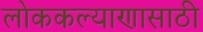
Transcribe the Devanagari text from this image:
लोककल्याणासाठी